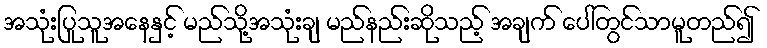
အသုံးပြုသူအနေနှင့် မည်သို့အသုံးချ မည်နည်းဆိုသည့် အချက် ပေါ်တွင်သာမူတည်၍